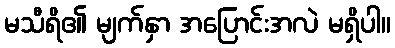
မသီရိ၏ မျက်နှာ အပြောင်းအလဲ မရှိပါ။